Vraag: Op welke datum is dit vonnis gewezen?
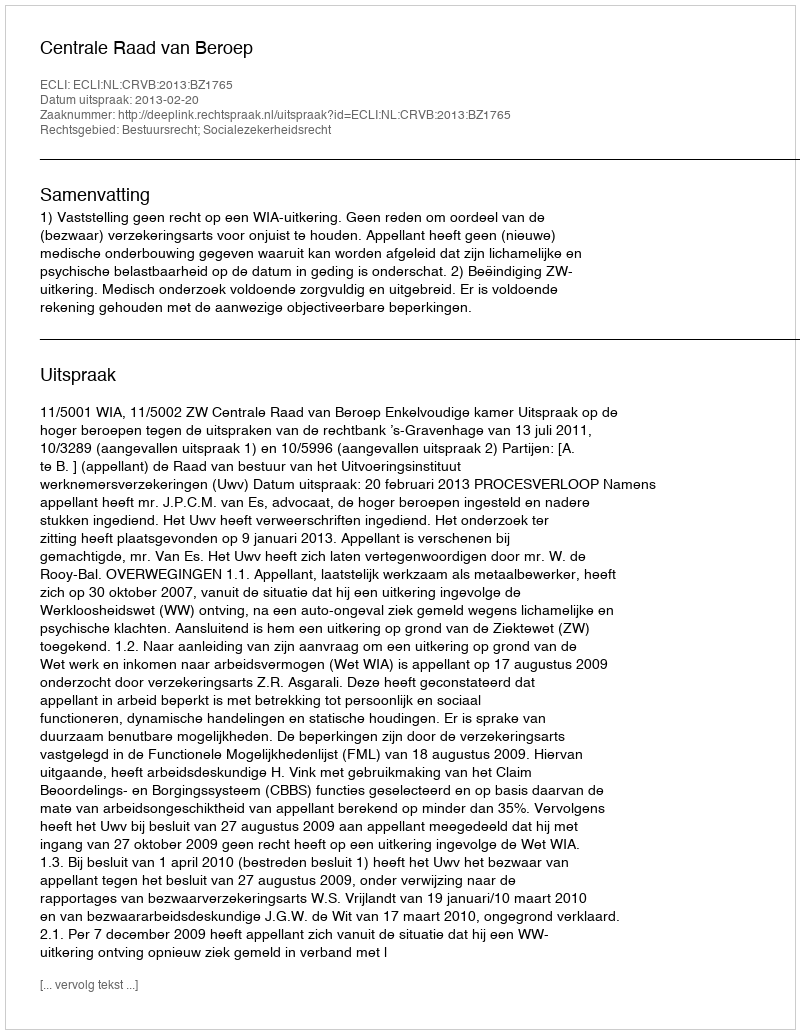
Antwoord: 2013-02-20